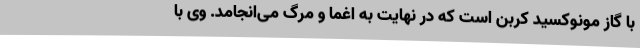
با گاز مونوکسید کربن است که در نهایت به اغما و مرگ می‌انجامد. وی با